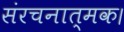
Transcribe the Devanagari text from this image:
संरचनात्मक।